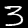
Digit: 3